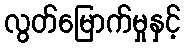
လွတ်မြောက်မှုနှင့်